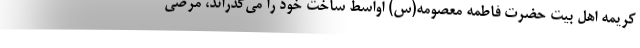
کریمه اهل بیت حضرت فاطمه معصومه(س) اواسط ساخت خود را می‌گذراند، مرضی